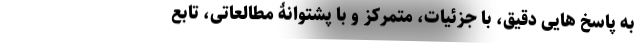
به پاسخ هایی دقیق، با جزئیات، متمرکز و با پشتوانۀ مطالعاتی، تابعِ